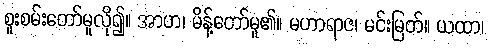
စူးစမ်းတော်မူလို၍။ အာဟ၊ မိန့်တော်မူ၏။ မဟာရာဇ၊ မင်းမြတ်။ ယထာ၊